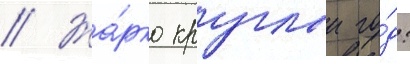
// Жа́рко круглыи го́д: